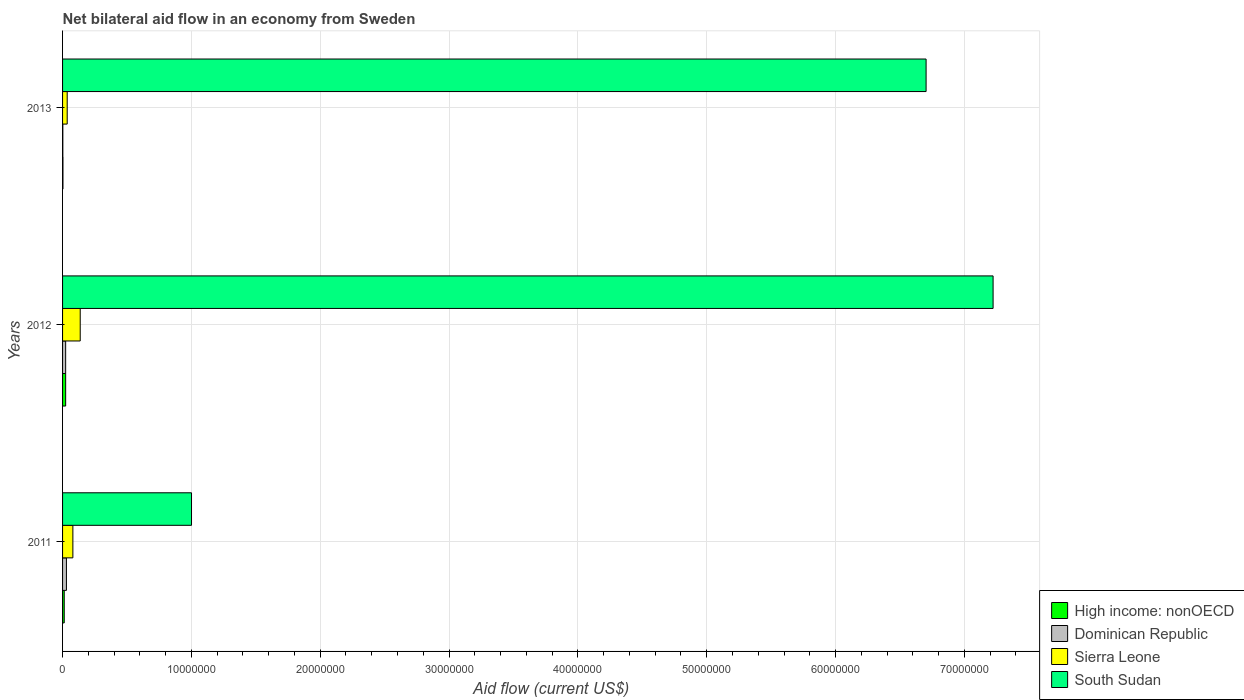
| Years | High income: nonOECD | Dominican Republic | Sierra Leone | South Sudan |
 | --- | --- | --- | --- | --- |
 | 2011 | 1.3e+05 | 3e+05 | 8e+05 | 1e+07 |
 | 2012 | 2.4e+05 | 2.4e+05 | 1.37e+06 | 7.22e+07 |
 | 2013 | 3e+04 | 2e+04 | 3.6e+05 | 6.7e+07 |